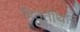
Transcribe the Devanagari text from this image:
पितृतीर्थाने